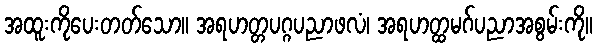
အထူးကိုပေးတတ်သော။ အရဟတ္တပဂ္ဂပညာဖလံ၊ အရဟတ္ထမဂ်ပညာအစွမ်းကို။